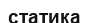
статика